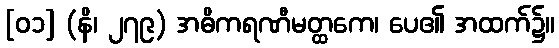
[၀၁] (နိ၊ ၂၇၉) အဓိကရဏီမတ္ထကေ၊ ပေ၏ အထက်၌။